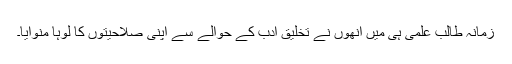
زمانہ طالب علمی ہی میں انھوں نے تخلیق ادب کے حوالے سے اپنی صلاحیتوں کا لوہا منوایا۔